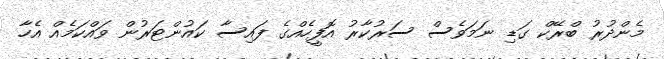
މެންދުރު ބްރޭކް ގަޑި ނަމަވެސް ސަރުކާރު އޮފީހެއްގެ ފައިސާ ކައުންޓަރުން ވައްކަމެއް އެހާ